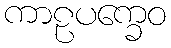
ကာဠပက္ခေဝ